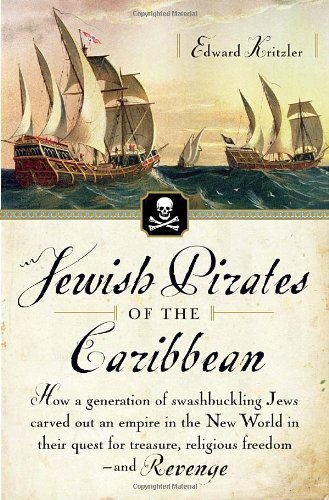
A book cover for Jewish Pirates of the Caribbean: How a Generation of Swashbuckling Jews Carved Out an Empire in the New World in Their Quest for Treasure, Religious Freedom--and Revenge; Edward Kritzler; History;